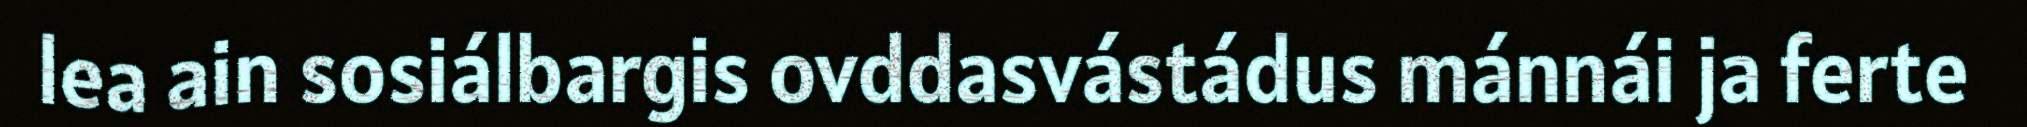
lea ain sosiálbargis ovddasvástádus mánnái ja ferte